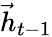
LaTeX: \vec{h}_{t-1}